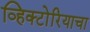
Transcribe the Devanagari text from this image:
व्हिक्टोरियाचा